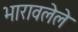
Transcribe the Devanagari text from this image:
भारावलेले